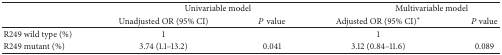
<table><thead><tr><td><b> </b></td><td colspan="2"><b>Univariable model</b></td><td colspan="2"><b>Multivariable model</b></td></tr><tr><td><b> </b></td><td><b>Unadjusted OR (95% CI)</b></td><td><b><i>P</i> value</b></td><td><b>Adjusted OR (95% CI)*</b></td><td><b><i>P</i> value</b></td></tr></thead><tbody><tr><td>R249 wild type (%)</td><td>1</td><td> </td><td>1</td><td> </td></tr><tr><td>R249 mutant (%)</td><td>3.74 (1.1–13.2)</td><td>0.041</td><td>3.12 (0.84–11.6)</td><td>0.089</td></tr></tbody></table>